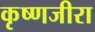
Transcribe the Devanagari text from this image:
कृष्णजीरा